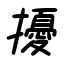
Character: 擾